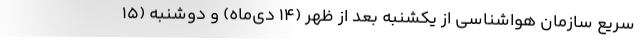
سریع سازمان هواشناسی از یکشنبه بعد از ظهر (۱۴ دی‌ماه) و دوشنبه (۱۵